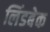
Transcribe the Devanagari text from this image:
लिंडबेक